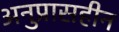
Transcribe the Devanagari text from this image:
अनुप्रासहीन